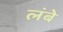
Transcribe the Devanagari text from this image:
लंबे